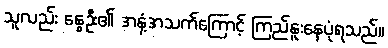
သူလည်း နွေဦး၏ အနံ့အသက်ကြောင့် ကြည်နူးနေပုံရသည်။